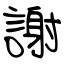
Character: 謝